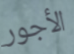
الأجور